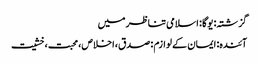
گزشتہ: یوگا : اسلامی تناظر میں
آئندہ: ایمان کے لوازم : صدق، اخلاص، محبت، خشیت